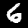
Digit: 6